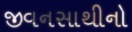
જીવનસાથીનો